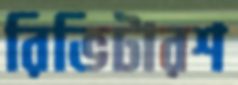
রিভিটারশ